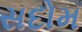
સદોમ